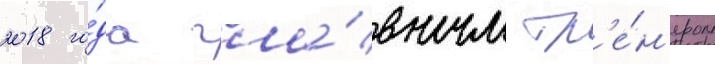
2018 го́да гла́вным тр'е́н'ером